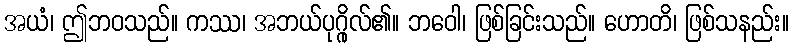
အယံ၊ ဤဘဝသည်။ ကဿ၊ အဘယ်ပုဂ္ဂိုလ်၏။ ဘဝေါ၊ ဖြစ်ခြင်းသည်။ ဟောတိ၊ ဖြစ်သနည်း။